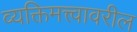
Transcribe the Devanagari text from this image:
व्यक्तिमत्त्वावरील